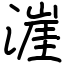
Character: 漄